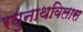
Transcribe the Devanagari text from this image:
रघुनाथविलास